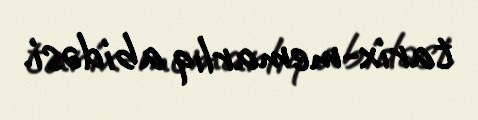
tarix-memarlıq abidəsi.